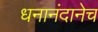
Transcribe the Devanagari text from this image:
धनानंदानेच